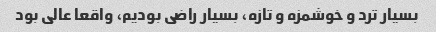
بسیار ترد و خوشمزه و تازه، بسیار راضی بودیم، واقعا عالی بود